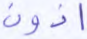
أذون